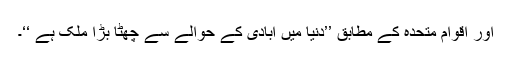
اور اقوام متحدہ کے مطابق ’’دنیا میں آبادی کے حوالے سے چھٹا بڑا ملک ہے ‘‘۔